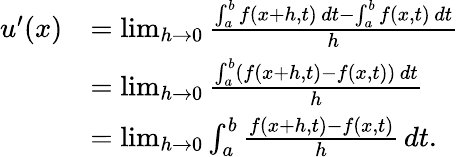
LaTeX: {\begin{array}{rl}{u^{\prime}(x)}&{=\operatorname*{lim}_{h\to 0}{\frac{\int_{a}^{b}f(x+h,t)\, dt-\int_{a}^{b}f(x,t)\, dt}{h}}}\\ &{=\operatorname*{lim}_{h\to 0}{\frac{\int_{a}^{b}\left(f(x+h,t)-f(x,t)\right)\, dt}{h}}}\\ &{=\operatorname*{lim}_{h\to 0}\int_{a}^{b}{\frac{f(x+h,t)-f(x,t)}{h}}\, dt.}\end{array}}